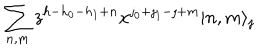
LaTeX: \sum _ { n , m } z ^ { h - h _ { 0 } - h _ { 1 } + n } x ^ { \jmath _ { 0 } + \jmath _ { 1 } - \jmath + m } | n , m \rangle _ { \jmath }